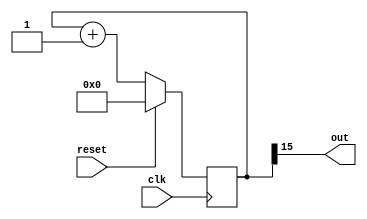
module clkDiv16    (
output  out     ,  // Output of the clkdiv
input clk     ,  // clock Input
input reset      // reset Input
);


reg [15:0] count;
//-------------Code Starts Here-------
always @(posedge clk)
	if (reset) begin
	  count <= 16'b0 ;
	end else begin
	  count <= count + 16'b0000000000000001;
	end

	assign out = count[15];
endmodule